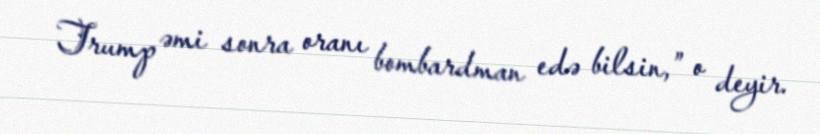
Trump əmi sonra oranı bombardman edə bilsin,” o deyir.